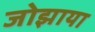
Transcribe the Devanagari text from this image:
जोझाया